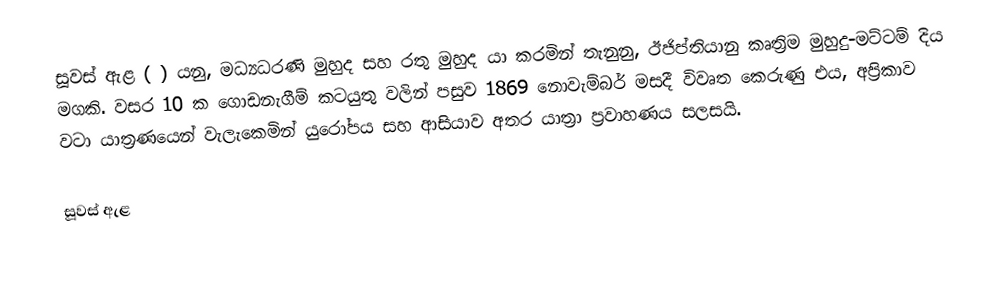
සූවස් ඇළ ( ) යනු, මධ්‍යධරණි මුහුද සහ රතු මුහුද යා කරමින් තැනුනු, ඊජිප්තියානු කෘත්‍රිම  මුහුදු-මට්ටම් දිය මගකි. වසර 10 ක ගොඩනැගීම් කටයුතු වලින් පසුව 1869 නොවැම්බර් මසදී විවෘත කෙරුණු එය, අප්‍රිකාව වටා යාත්‍රණයෙන් වැලැකෙමින් යුරෝපය සහ ආසියාව අතර යාත්‍රා ප්‍රවාහණය  සලසයි.

සූවස් ඇළ